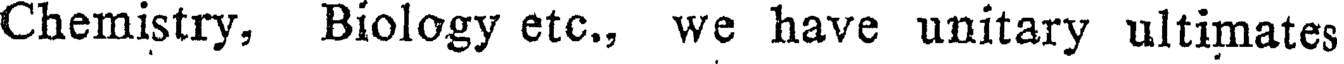
Chemistry, Biology etc., we have unitary ultimates